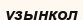
ұзынқол